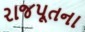
રાજપૂતના